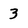
Character: 3